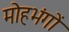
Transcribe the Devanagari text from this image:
मोहभंगों